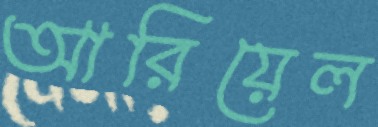
আরিয়েল